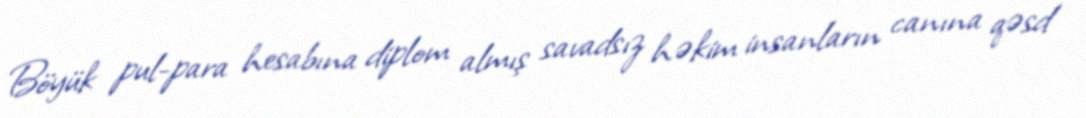
Böyük pul-para hesabına diplom almış savadsız həkim insanların canına qəsd